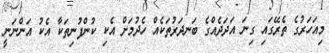
މިއަހަރުގެ ތެރޭގައި ގިނަ އަދަދެއްގެ ބަނދަރުތަކެއް ހެދުމަށް އެކި ކުންފުނިތަކާ އެކު އަންނަނީ